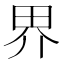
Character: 界